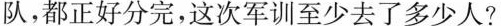
队，都正好分完，这次军训至少去了多少人?